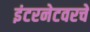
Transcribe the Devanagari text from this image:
इंटरनेटवरचे